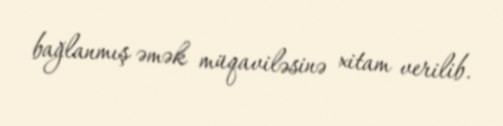
bağlanmış əmək müqaviləsinə xitam verilib.